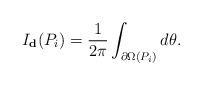
LaTeX: \begin{align*}I_{\textbf{d}}(P_i)=\frac{1}{2 \pi} \int_{\partial \Omega (P_i)} d \theta .\end{align*}